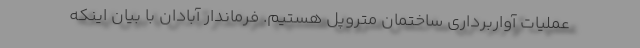
عملیات آواربرداری ساختمان متروپل هستیم. فرماندار آبادان با بیان اینکه